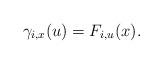
LaTeX: \begin{align*} \gamma_{i,x}(u) = F_{i,u}(x).\end{align*}